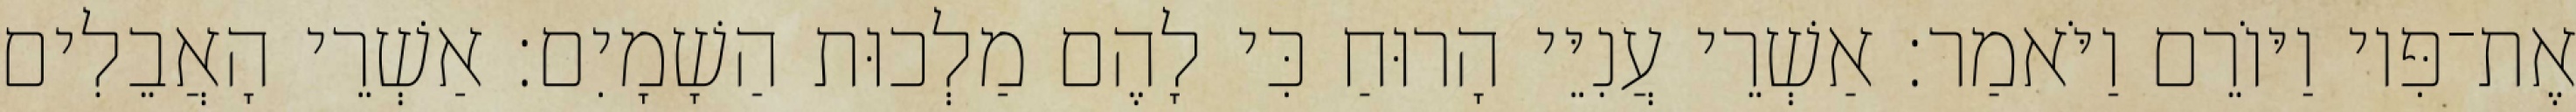
אֶת־פִּיו וַיּוֹרֵם וַיֹּאמַר׃ אַשְׁרֵי עֲנִיֵּי הָרוּחַ כִּי לָהֶם מַלְכוּת הַשָׁמָיִם׃ אַשְׁרֵי הָאֲבֵלִים